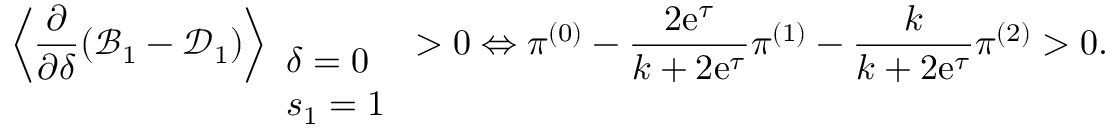
\left\langle \frac { \partial } { \partial \delta } ( \mathcal { B } _ { 1 } - \mathcal { D } _ { 1 } ) \right\rangle _ { \begin{array} { l } { \delta = 0 } \\ { s _ { 1 } = 1 } \end{array} } > 0 \Leftrightarrow \pi ^ { ( 0 ) } - \frac { 2 \mathrm { e } ^ { \tau } } { k + 2 \mathrm { e } ^ { \tau } } \pi ^ { ( 1 ) } - \frac { k } { k + 2 \mathrm { e } ^ { \tau } } \pi ^ { ( 2 ) } > 0 .